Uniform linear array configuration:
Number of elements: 12
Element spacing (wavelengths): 0.5
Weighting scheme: blackman
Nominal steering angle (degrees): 45
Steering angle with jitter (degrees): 43.324
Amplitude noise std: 0.05
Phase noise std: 0.05

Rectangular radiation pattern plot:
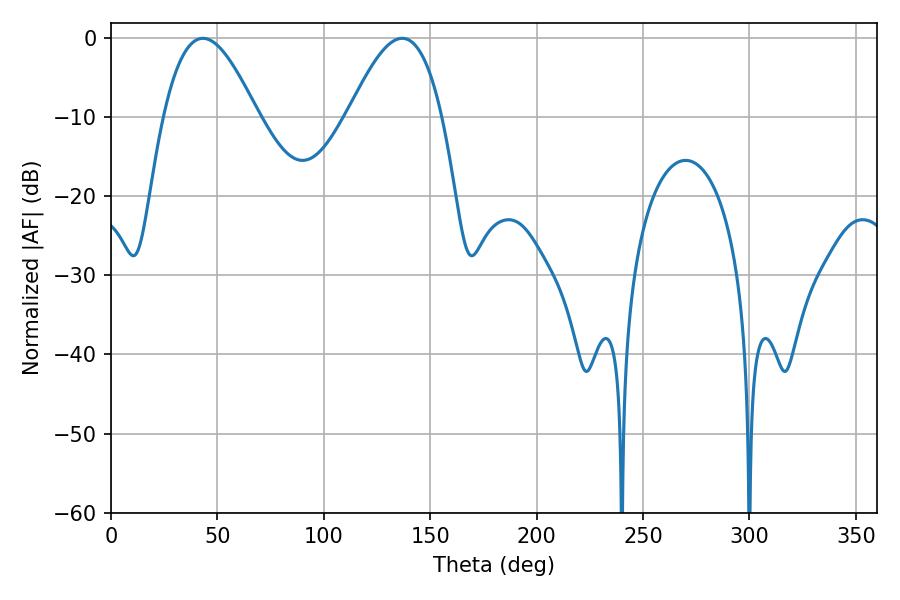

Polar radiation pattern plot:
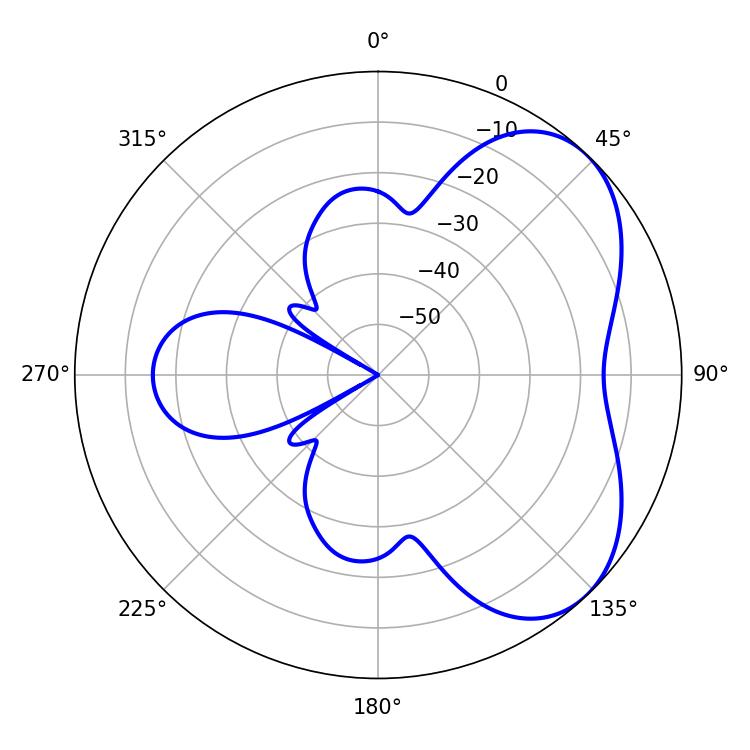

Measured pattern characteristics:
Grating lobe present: FALSE
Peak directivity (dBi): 4.935
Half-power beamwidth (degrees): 23.94
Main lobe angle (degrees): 43.2